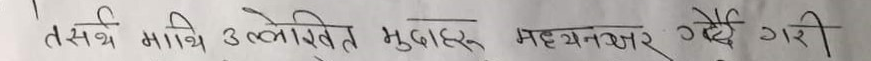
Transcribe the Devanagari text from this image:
तसर्थ माथि उल्लेखित मुद्दाहरु मध्यनजर गर्दै गरी